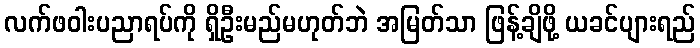
လက်ဖဝါးပညာရပ်ကို ရှိဦးမည်မဟုတ်ဘဲ အမြတ်သာ ဖြန့်ချိဖို့ ယခင်ပျားရည်